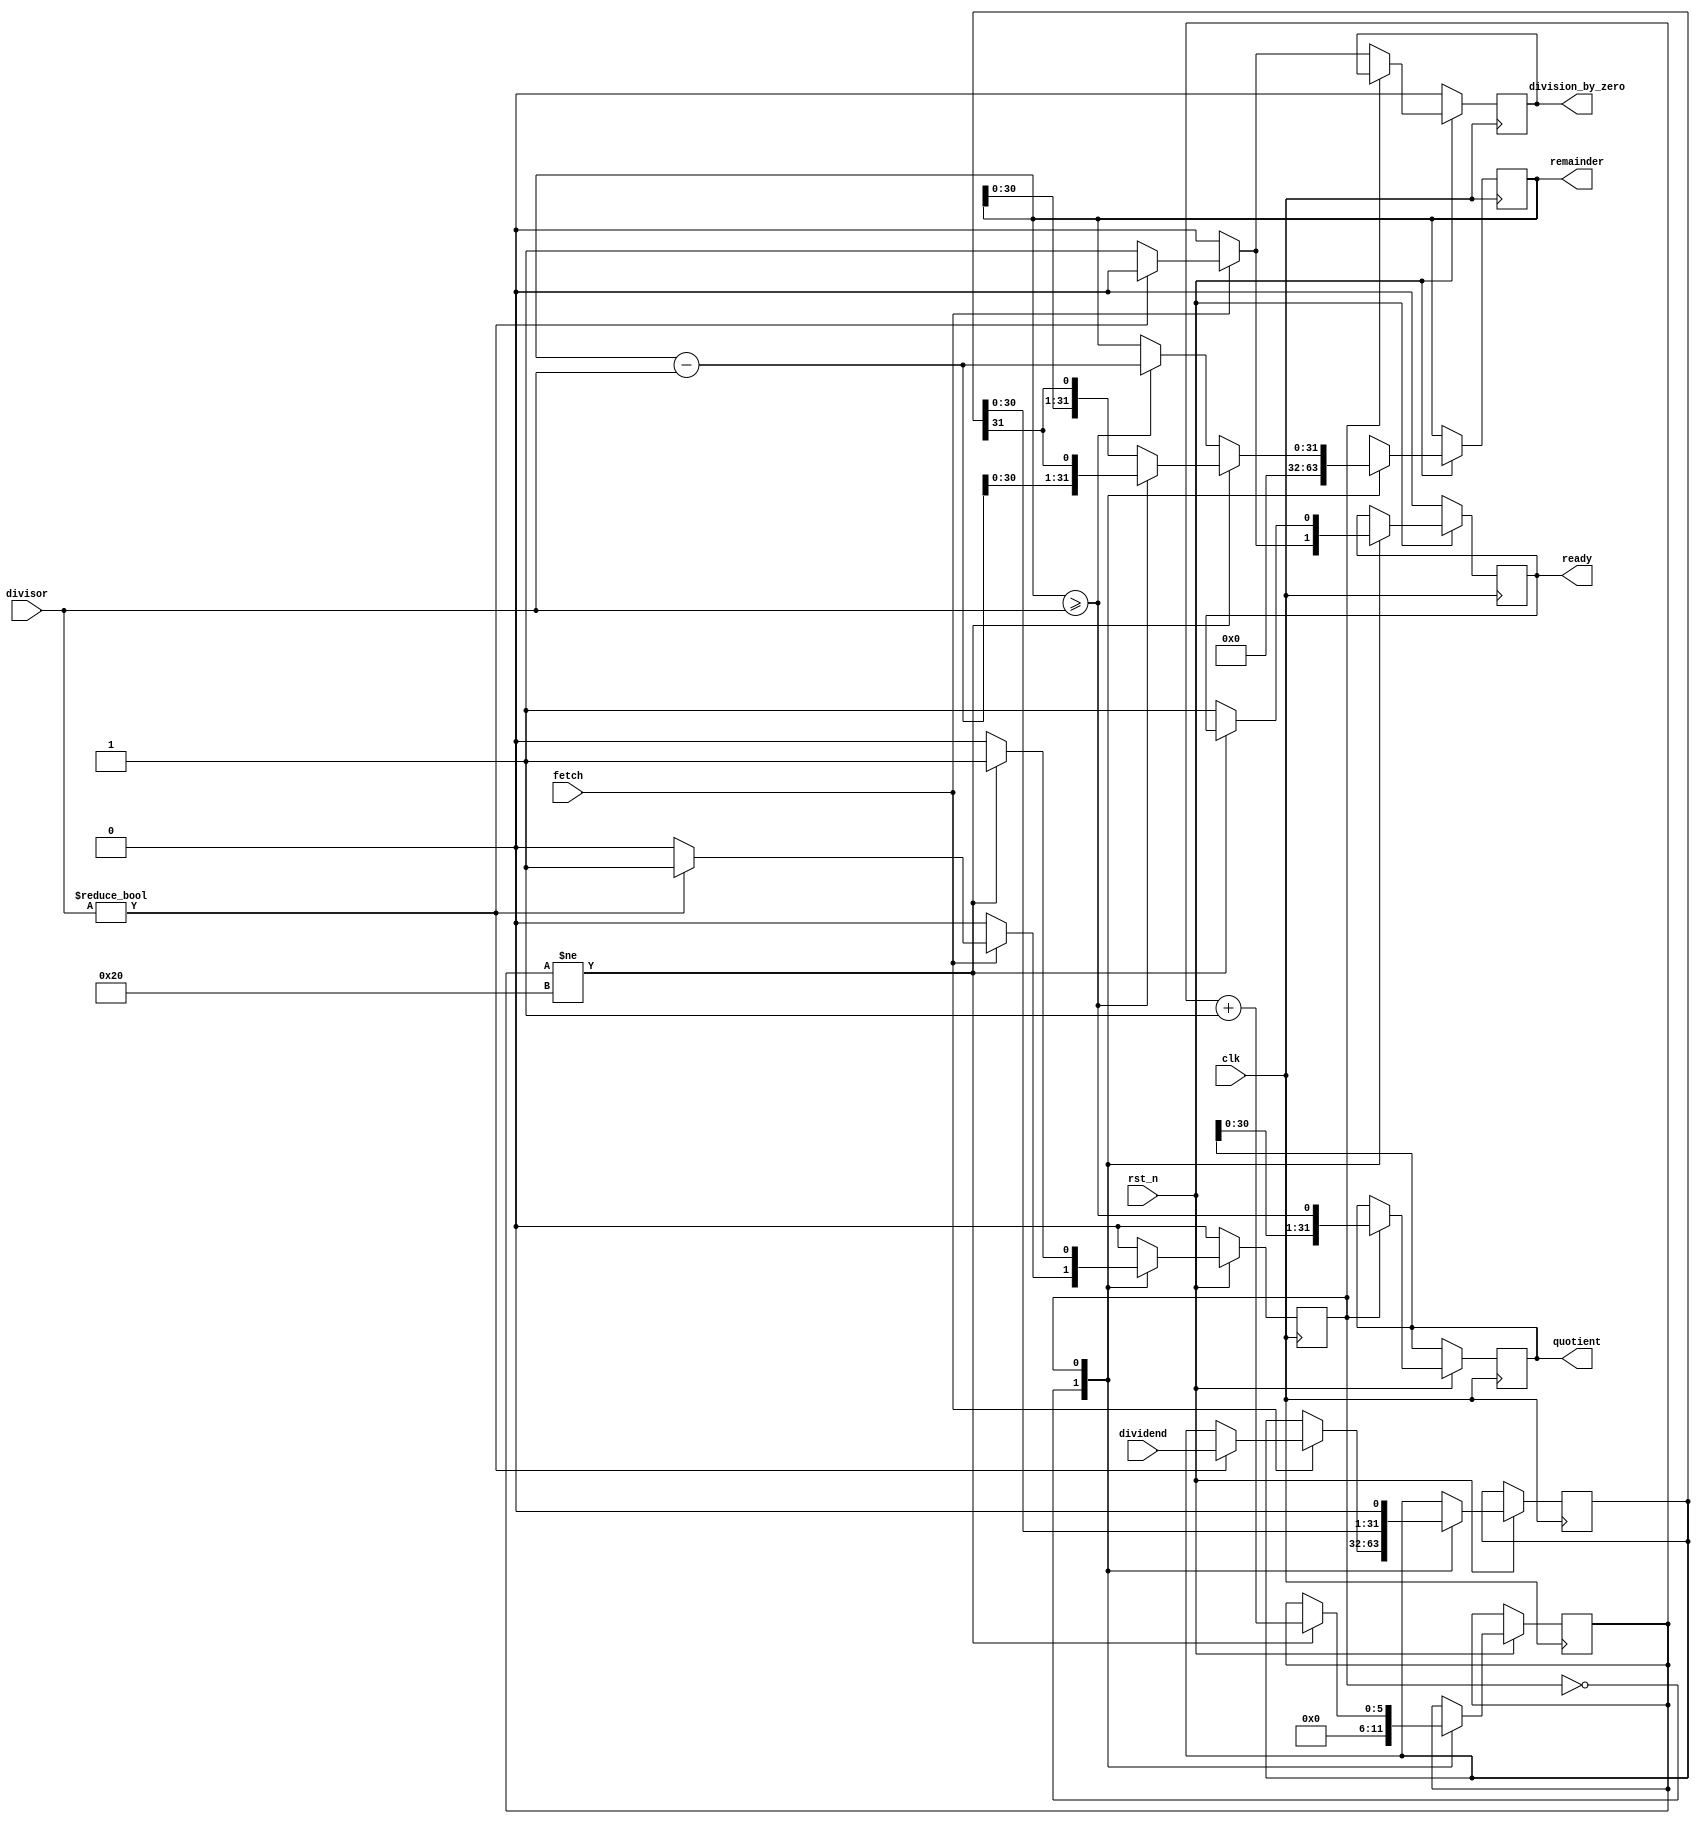
//`timescale 1ns/1ns

module armleocpu_unsigned_divider(
	input  wire 		clk,
	input  wire 		rst_n,
	input  wire 		fetch,
	
	input  wire [31:0]  dividend,
	input  wire [31:0]  divisor,
	
	
	output reg			ready,
	output reg   		division_by_zero,
	output reg   [31:0] quotient,
	output reg   [31:0] remainder
);

reg [31:0] r_dividend;

reg [5:0] counter;


wire [31:0] difference = remainder - divisor;
wire positive = remainder >= divisor;

reg state;
localparam STATE_IDLE = 1'b0;
localparam STATE_OP = 1'b1;

always @(posedge clk) begin
	if(!rst_n) begin
		state <= STATE_IDLE;
		ready <= 0;
		division_by_zero <= 1'b0;
	end else begin
		case(state)
			STATE_IDLE: begin
				ready <= 0;
				division_by_zero <= 1'b0;
				counter <= 0;
				remainder <= 0;
				if(fetch) begin
					if(divisor != 0) begin
						r_dividend <= dividend;
						state <= STATE_OP;
					end else begin
						ready <= 1'b1;
						division_by_zero <= 1'b1;
					end
				end
			end
			STATE_OP: begin
				r_dividend <= {r_dividend[30:0], 1'b0};
				quotient <= {quotient[30:0], positive};
				
				if(positive) begin // add 1 to quotient, substract from dividend
					remainder <= {difference[30:0], r_dividend[31]};
				end else begin // add 0 to quotient,
					remainder <= {remainder[30:0], r_dividend[31]};
				end
				
				if(counter != 32) begin
					counter <= counter + 6'b1;
				end else begin
					if(positive)
						remainder <= difference;
					else
						remainder <= remainder;
					ready <= 1'b1;
					state <= STATE_IDLE;
				end
			end
		endcase
	end
end

endmodule

/*
module signed_divider(
	input  wire clk,
	
	input  wire fetch,
	
	input  wire [31:0] dividend,
	input  wire [31:0] divisor,
	
	
	output reg ready,
	output reg division_by_zero,
	output reg  [31:0] quotient,
	output reg  [31:0] remainder
);

reg i_fetch;
reg sign_invert;

wire i_ready, i_division_by_zero;

reg [31:0] i_dividend, i_divisor;
wire [31:0] i_quotient, i_remainder;
unsigned_divider u0(
	.clk(clk),
	
	.fetch(i_fetch),
	
	.dividend(i_dividend),
	.divisor(i_divisor),
	
	.ready(i_ready),
	.division_by_zero(i_division_by_zero),
	.quotient(i_quotient),
	.remainder(i_remainder)
);

always @(posedge clk) begin
	if(fetch) begin
		if(dividend[31]) begin
			i_dividend <= ~(dividend) + 1;
		end else begin
			i_dividend <= dividend;
		end
		if(divisor[31]) begin
			i_divisor <= ~(divisor) + 1;
		end else begin
			i_divisor <= divisor;
		end
		sign_invert <= divisor[31] ^ dividend[31];
		i_fetch <= 1;
	end else begin
		i_fetch <= 0;
	end
	
	if(i_ready) begin
		if(i_division_by_zero) begin
			ready <= 1;
			division_by_zero <= 1;
		end else begin
			if(sign_invert) begin
				quotient <= -i_quotient;
			end else begin
				quotient <= i_quotient;
			end
			remainder <= i_remainder;
			ready <= 1;
		end
	end else begin
		ready <= 0;
	end
end

endmodule
*/